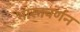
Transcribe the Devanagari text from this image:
भारतवर्णन